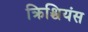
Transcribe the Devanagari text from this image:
क्रिश्चियंस